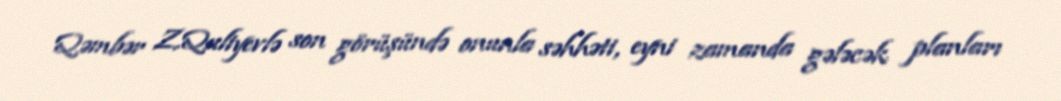
Qəmbər Z.Quliyevlə son görüşündə onunla səhhəti, eyni zamanda gələcək planları